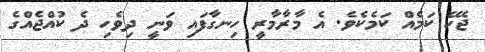
ޖެހޭ ކަމެއް ކަމެކެވެ. އެ މާރާމާރީ ހިނގާފައި ވަނީ ދިވެހި ދެ ކުއްޖެއްގެ